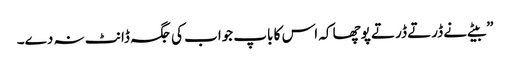
”بیٹے نے ڈرتے ڈرتے پوچھا کہ اس کا باپ جواب کی جگہ ڈانٹ نہ دے۔